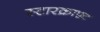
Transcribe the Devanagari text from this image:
स्टारक्राफ़्ट